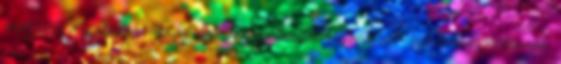
rendezésétôl a szakiskolai tanulók németországi tanulmányútjaiig sok-sok eredményes kamarai